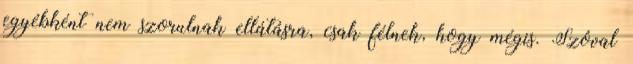
egyébként nem szorulnak ellátásra, csak félnek, hogy mégis. Szóval